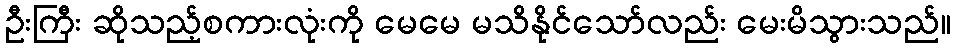
ဦးကြီး ဆိုသည့်စကားလုံးကို မေမေ မသိနိုင်သော်လည်း မေးမိသွားသည်။